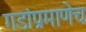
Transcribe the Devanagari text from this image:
गडांप्रमाणेच